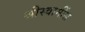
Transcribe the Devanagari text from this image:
श्रीस्वामींस